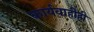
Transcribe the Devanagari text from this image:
कार्यवाहीही